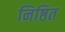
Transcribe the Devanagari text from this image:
निष्ठित